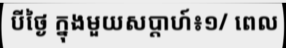
បីថ្ងៃ ក្នុងមួយសប្តាហ៍៖១/ ពេល